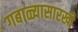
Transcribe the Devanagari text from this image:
गबाळ्यासारखी